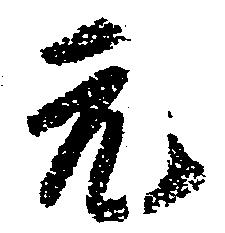
元